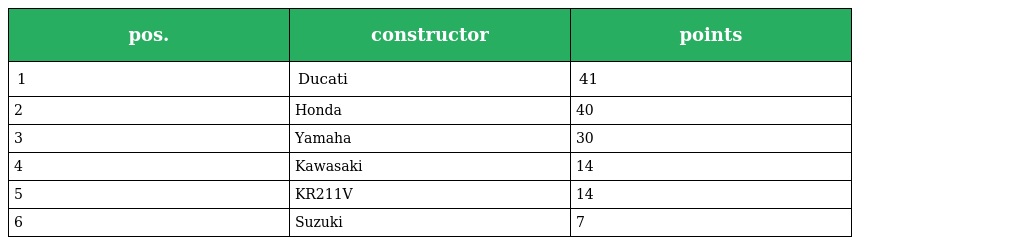
| pos. | constructor | points |
 | --- | --- | --- |
 | 1 | Ducati | 41 |
 | 2 | Honda | 40 |
 | 3 | Yamaha | 30 |
 | 4 | Kawasaki | 14 |
 | 5 | KR211V | 14 |
 | 6 | Suzuki | 7 |